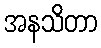
အနသိတာ